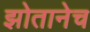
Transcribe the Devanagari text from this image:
झोतानेच